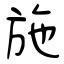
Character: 施